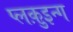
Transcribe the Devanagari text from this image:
प्लक़ुइन्ग